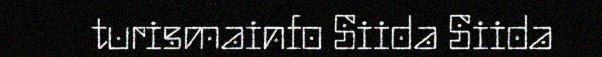
turismainfo Siida Siida